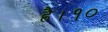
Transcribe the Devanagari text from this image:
है।१०